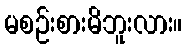
မစဉ်းစားမိဘူးလား။